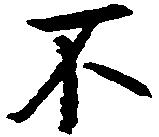
不